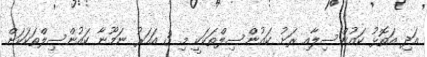
އަދި އަތޮޅު ކައުންސިލާއި ރަށު ކައުންސިލްތަކަކީ މި 3 އަހަރު ނަމޫނާ ކައުންސިލްތަކަކަށް